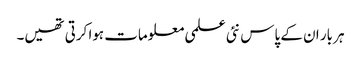
ہر بار ان کے پاس نئی علمی معلومات ہوا کرتی تھیں۔